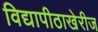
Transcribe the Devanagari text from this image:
विद्यापीठाखेरीज